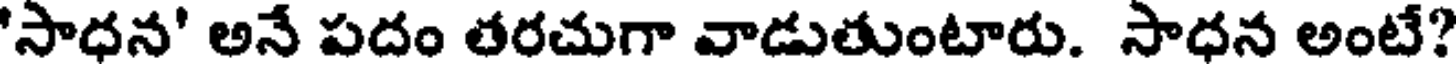
'సాధన' అనే పదం తరచుగా వాడుతుంటారు. సాధన అంటే?